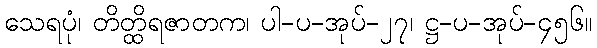
သေရပုံ၊ တိတ္ထိရဇာတက၊ ပါ-ပ-အုပ်-၂၇၊ ဋ္ဌ-ပ-အုပ်-၄၅၆။